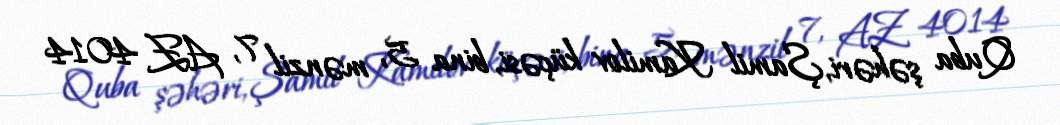
Quba şəhəri, Şamil Kamilov küçəsi, bina 5, mənzil 7, AZ 4014